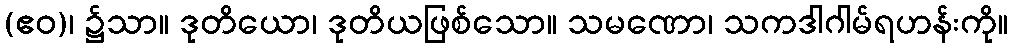
(ဧဝ)၊ ၌သာ။ ဒုတိယော၊ ဒုတိယဖြစ်သော။ သမဏော၊ သကဒါဂါမ်ရဟန်းကို။